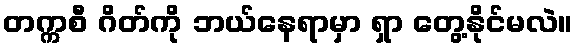
တက္ကစီ ဂိတ်ကို ဘယ်နေရာမှာ ရှာ တွေ့နိုင်မလဲ။